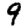
Digit: 9